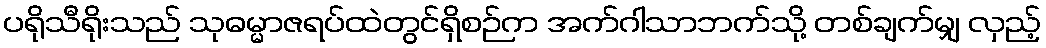
ပရိုသီရိုးသည် သုဓမ္မာဇရပ်ထဲတွင်ရှိစဉ်က အက်ဂါသာဘက်သို့ တစ်ချက်မျှ လှည့်